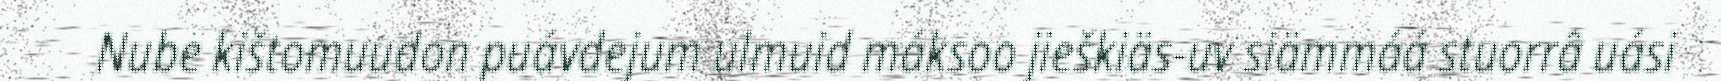
Nube kištomuudon puávdejum ulmuid máksoo jieškiäs-uv siämmáá stuorrâ uási